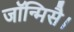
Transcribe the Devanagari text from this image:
जॉन्मिसै।